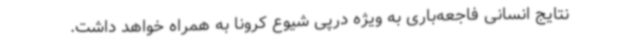
نتایج انسانی فاجعه‌باری به ویژه درپی شیوع کرونا به همراه خواهد داشت.